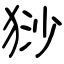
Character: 猀